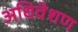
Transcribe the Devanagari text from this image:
अधिवेशण